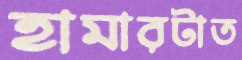
হামারটাত